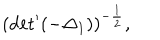
( \mathrm { d e t } ^ { \prime } ( - { \Delta } _ { 1 } ) ) ^ { - \frac { 1 } { 2 } } ,